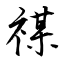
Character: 禖